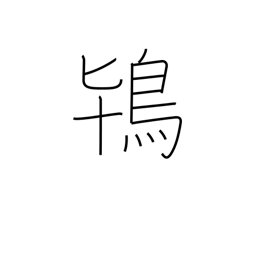
Meaning: crested ibis